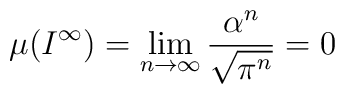
\mu(I^{\infty})=\lim_{n\rightarrow\infty}\frac{\alpha^{n}}{\sqrt{\pi^{n}}}=0